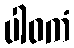
ပါဝကံ